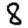
Digit: 8